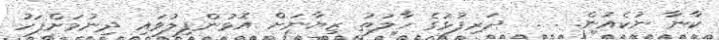
ކާނާ ނުކެއުން. . .  ދަރިފުޅުގެ ހާލަތު ޒިޔާނަށް އޮޅުންފިލުވައި ދިނުމަށްފަހު